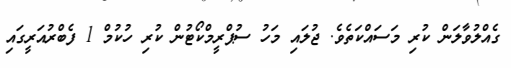
ގެއްލުވާލަން ކުރި މަސައްކަތެވެ. ޖުލައި މަހު ސުޕްރީމްކޯޓުން ކުރި ހުކުމް 1 ފެބްރުއަރީގައި